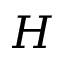
H